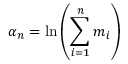
\alpha _ { n } = \ln \left( \sum _ { i = 1 } ^ { n } m _ { i } \right)